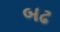
બઢ